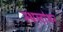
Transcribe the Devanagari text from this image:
स्थलांथर